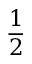
\frac 1 2